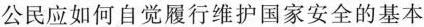
公民应如何自觉履行维护国家安全的基本